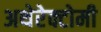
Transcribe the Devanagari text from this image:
अथेरेक्टोमी